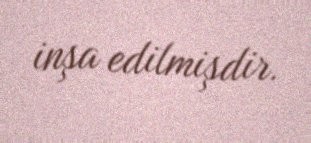
inşa edilmişdir.